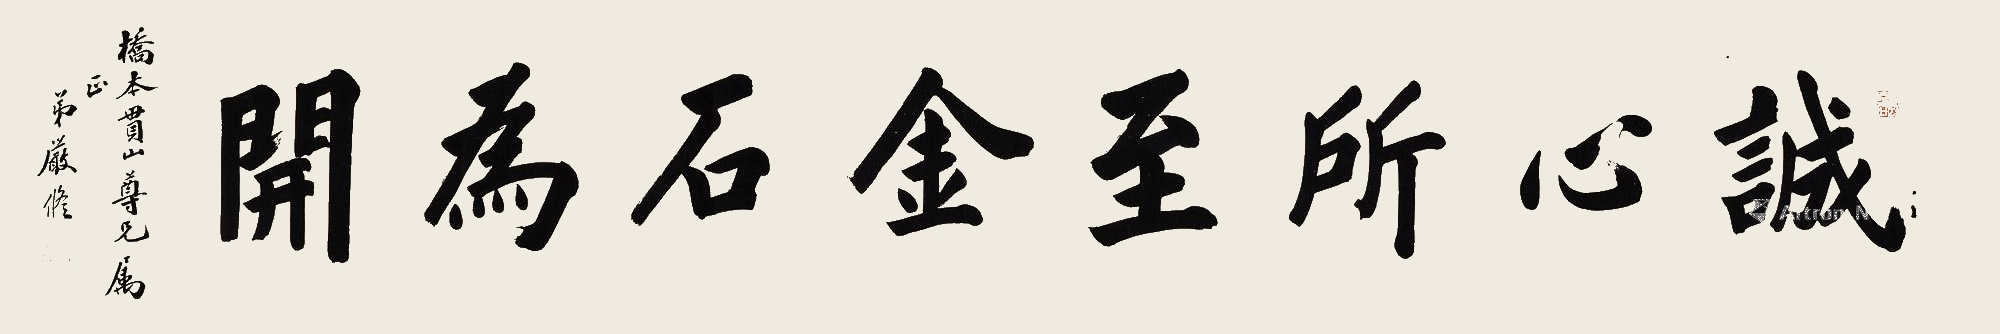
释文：诚心所至，金石为开。辛丑夏，天津严修。